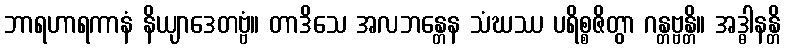
ဘာရဟာရကာနံ နိယျာဒေတဗ္ဗံ။ တာဒိသေ အလဘန္တေန သံဃဿ ပရိစ္စဇိတွာ ဂန္တဗ္ဗန္တိ။ အဒ္ဓါနန္တိ